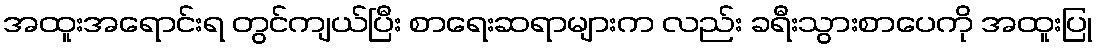
အထူးအရောင်းရ တွင်ကျယ်ပြီး စာရေးဆရာများက လည်း ခရီးသွားစာပေကို အထူးပြု